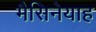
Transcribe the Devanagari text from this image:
मैसिनेयाह